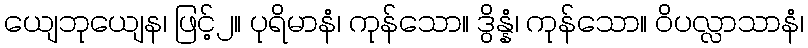
ယျေဘုယျေန၊ ဖြင့်၂။ ပုရိမာနံ၊ ကုန်သော။ ဒွိန္နံ၊ ကုန်သော။ ဝိပလ္လာသာနံ၊